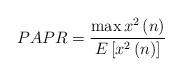
\begin{align*}PAPR=\frac{\max {{x}^{2}}\left( n \right)}{E\left[ {{x}^{2}}\left( n \right) \right]}\end{align*}